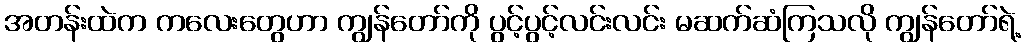
အတန်းထဲက ကလေးတွေဟာ ကျွန်တော်ကို ပွင့်ပွင့်လင်းလင်း မဆက်ဆံကြသလို ကျွန်တော်ရဲ့